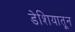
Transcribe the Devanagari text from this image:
डेशियातून